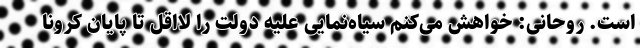
است. روحانی: خواهش می‌کنم سیاه‌نمایی علیه دولت را لااقل تا پایان کرونا